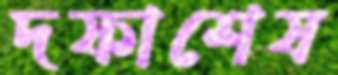
দফাশেষ